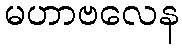
မဟာဗလေန